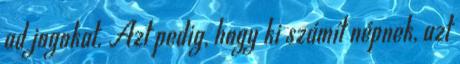
ad jogokat. Azt pedig, hogy ki számít népnek, azt